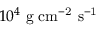
1 0 ^ { 4 } \ \mathrm { g \ c m ^ { - 2 } \ s ^ { - 1 } }